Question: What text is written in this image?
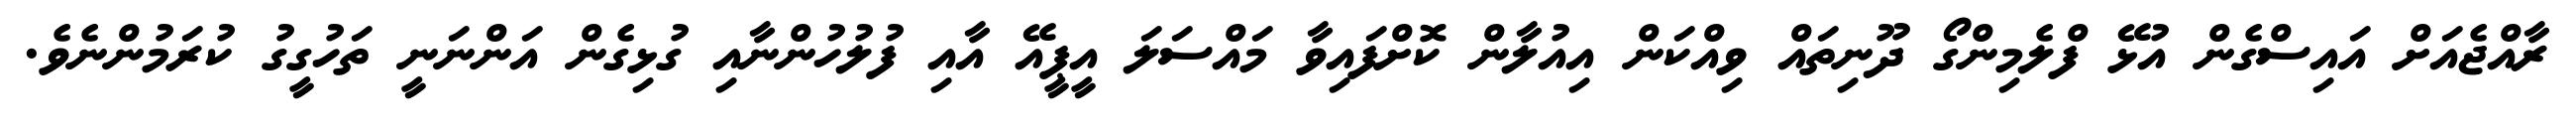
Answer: ރާއްޖެއަށް އައިސްގެން އުޅޭ ފްލެމިންގޯ ދޫނިތައް ވިއްކަން އިއުލާން ކޮށްފައިވާ މައްސަލަ އީޕީއޭ އާއި ފުލުހުންނާއި ގުޅިގެން އަންނަނީ ތަހުގީގު ކުރަމުންނެވެ.